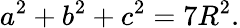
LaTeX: a^{2}+b^{2}+c^{2}=7R^{2}.